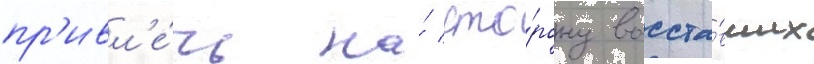
пр'ивл'е́чь на́ сто́рону восста́вших